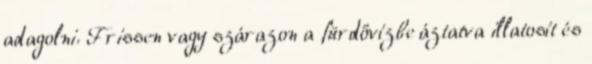
adagolni. Frissen vagy szárazon a fürdővízbe áztatva illatosít és